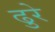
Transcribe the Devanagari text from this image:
ढुरे